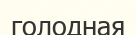
голодная